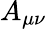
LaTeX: A_{\mu\nu}